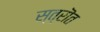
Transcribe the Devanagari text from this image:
स्त्रॊत